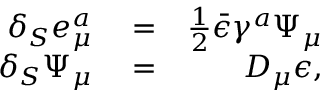
\begin{array} { r l r } { \delta _ { S } e _ { \mu } ^ { a } } & { { } = } & { \frac { 1 } { 2 } \bar { \epsilon } \gamma ^ { a } \Psi _ { \mu } } \\ { \delta _ { S } \Psi _ { \mu } } & { { } = } & { D _ { \mu } \epsilon , } \end{array}